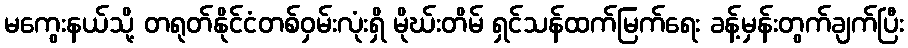
မကွေးနယ်သို့ တရုတ်နိုင်ငံတစ်ဝှမ်းလုံးရှိ မိုဃ်းတိမ် ရှင်သန်ထက်မြက်ရေး ခန့်မှန်းတွက်ချက်ပြီး